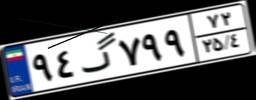
۹۴گ۷۹۹۷۲